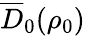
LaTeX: \overline{{D}}_{0}(\rho_{0})